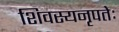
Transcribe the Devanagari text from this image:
शिवस्यनृपतेः